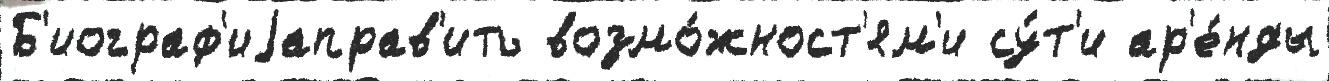
Б'иограф'иjаправ'ить возмо́жност'ям'и су́т'и ар'е́нды